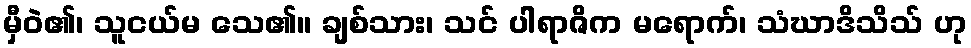
မှီဝဲ၏၊ သူငယ်မ သေ၏။ ချစ်သား၊ သင် ပါရာဇိက မရောက်၊ သံဃာဒိသိသ် ဟု